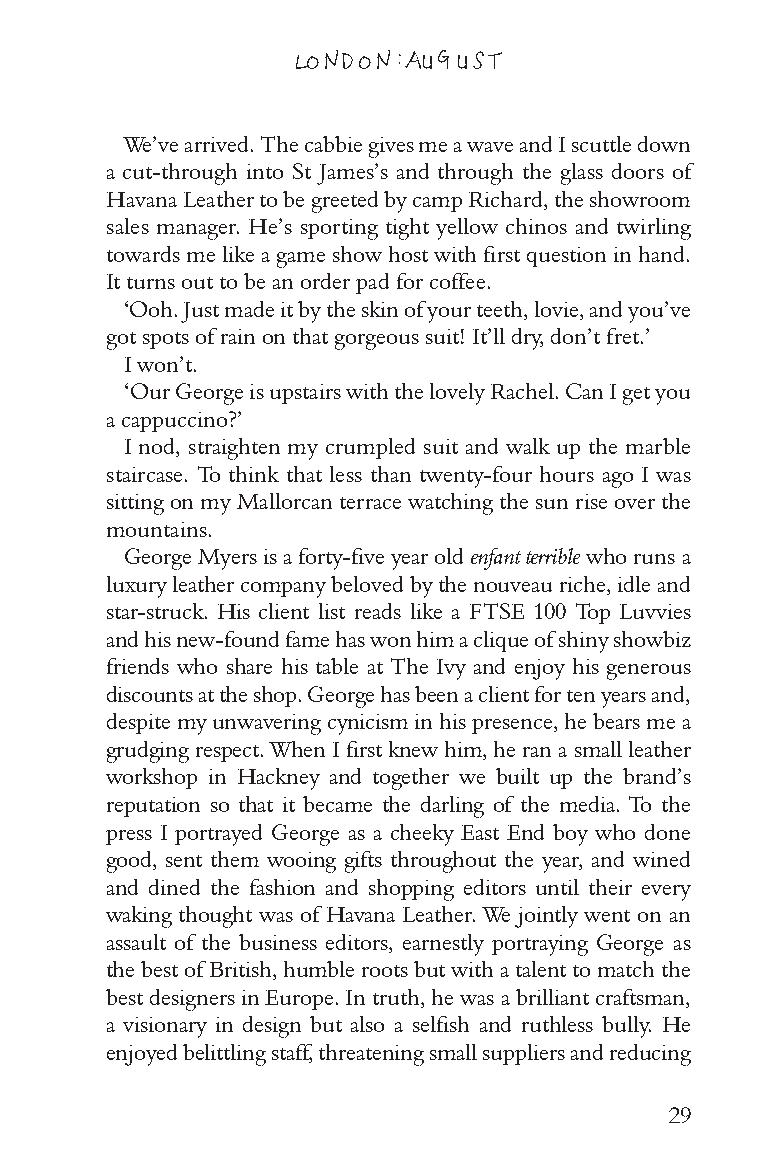
LONDON: AUGUST
 We’ve arrived. The cabbie gives me a wave and I scuttle down
 a cut-through into St James’s and through the glass doors of
 Havana Leather to be greeted by camp Richard, the showroom
 sales manager. He’s sporting tight yellow chinos and twirling
 towards me like a game show host with first question in hand.
 It turns out to be an order pad for coffee.
 ‘Ooh. Just made it by the skin of your teeth, lovie, and you’ve
 got spots of rain on that gorgeous suit! It’ll dry, don’t fret.’
 I won’t.
 ‘Our George is upstairs with the lovely Rachel. Can I get you
 a cappuccino?’
 I nod, straighten my crumpled suit and walk up the marble
 staircase. To think that less than twenty-four hours ago I was
 sitting on my Mallorcan terrace watching the sun rise over the
 mountains.
 George Myers is a forty-five year old enfant terrible who runs a
 luxury leather company beloved by the nouveau riche, idle and
 star-struck. His client list reads like a FTSE 100 Top Luvvies
 and his new-found fame has won him a clique of shiny showbiz
 friends who share his table at The Ivy and enjoy his generous
 discounts at the shop. George has been a client for ten years and,
 despite my unwavering cynicism in his presence, he bears me a
 grudging respect. When I first knew him, he ran a small leather
 workshop in Hackney and together we built up the brand’s
 reputation so that it became the darling of the media. To the
 press I portrayed George as a cheeky East End boy who done
 good, sent them wooing gifts throughout the year, and wined
 and dined the fashion and shopping editors until their every
 waking thought was of Havana Leather. We jointly went on an
 assault of the business editors, earnestly portraying George as
 the best of British, humble roots but with a talent to match the
 best designers in Europe. In truth, he was a brilliant craftsman,
 a visionary in design but also a selfish and ruthless bully. He
 enjoyed belittling staff, threatening small suppliers and reducing
 29